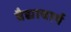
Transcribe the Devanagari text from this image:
वैद्याचार्य